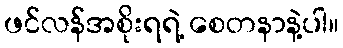
ဖင်လန်အစိုးရရဲ့ စေတနာနဲ့ပါ။